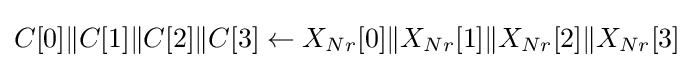
C[0]\|C[1]\|C[2]\|C[3]\leftarrow X_{Nr}[0]\|X_{Nr}[1]\|X_{Nr}[2]\|X_{Nr}[3]